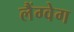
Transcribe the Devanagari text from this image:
लैंग्वेग